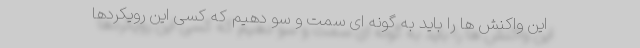
این واکنش ها را باید به گونه ای سمت و سو دهیم که کسی این رویکردها